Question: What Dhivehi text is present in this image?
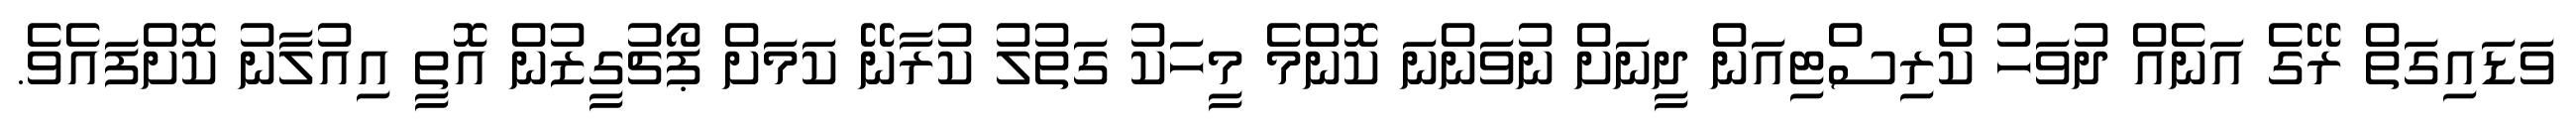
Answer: ވަޑައިގަތް ރޭގެ އަނެއް ދުވަހު ކްރިސްޓިއަން ދީނަށް ނުވަންނަ ކޮންމެ މީހަކު ގަތުލު ކުރާނޭ ކަމަށް ޕޯޗުގީޒުން އޮތީ އިއުލާނު ކޮށްފައެވެ.